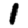
Digit: 1